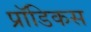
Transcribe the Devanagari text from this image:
प्रॉडिकस